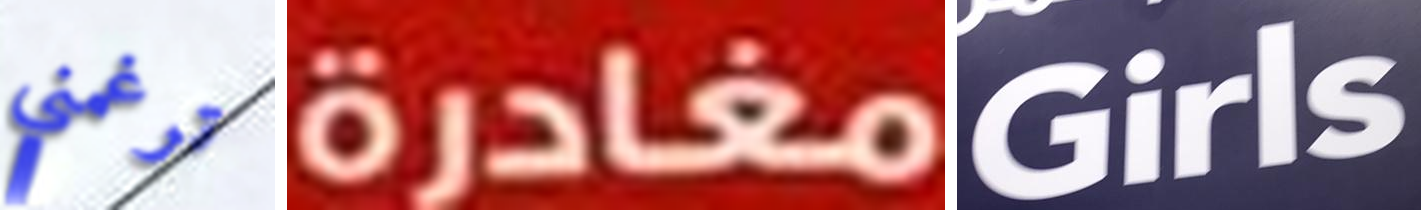
ترغمني مغادرة Girls